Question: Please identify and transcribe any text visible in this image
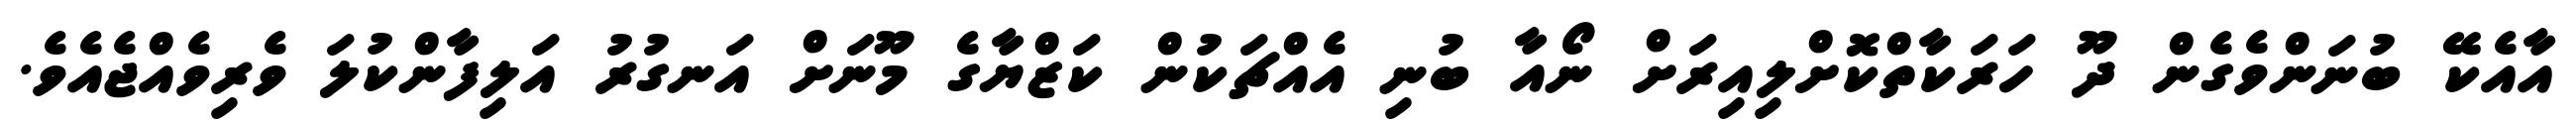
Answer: އާއެކޭ ބުނަންވެގެން ދޫ ހަރަކާތްކޮށްލިއިރަށް ނޯއާ ބުނި އެއްޗަކުން ކަޒްޔާގެ މޫނަށް އަނގުރު އަލިފާންކުލަ ވެރިވެއްޖެއެވެ.